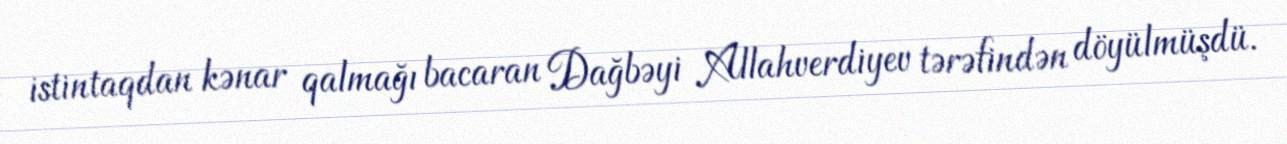
istintaqdan kənar qalmağı bacaran Dağbəyi Allahverdiyev tərəfindən döyülmüşdü.